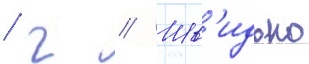
/ г // Шв'идько